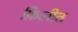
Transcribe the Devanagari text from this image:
फ़िलीत